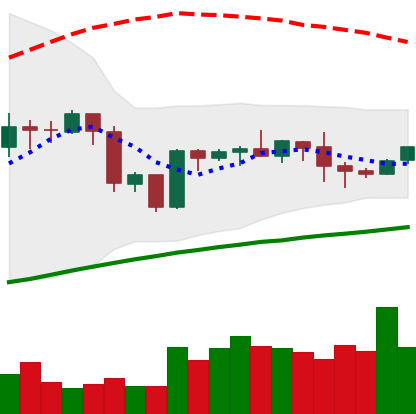
Ticker: BTC-USD
Chart end date: 2020-10-05
Forward return: 4.661%
Label: up_3_5